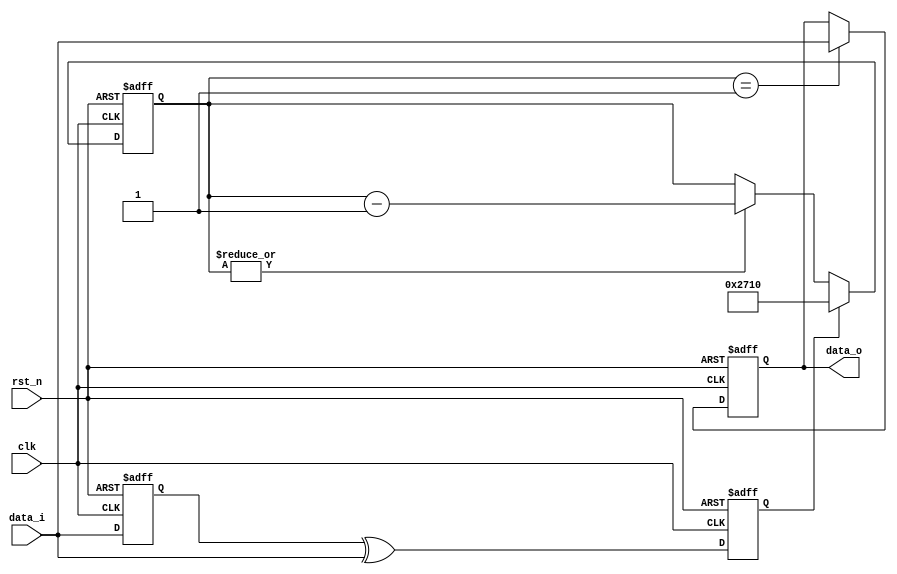
/******************************************************************************
*     Project:  Debounce
* Description:  Debounced input
* Date			Author		Notes
* Sep 6, 2006		DN		initial version
******************************************************************************/

module debounce #(
parameter INIT_VALUE       = 1'b0      ,
parameter DEBOUNCE_DELAY   = 16'd10000 
)(
input		  clk     ,	// clock input
input		  rst_n   , // reset active low
input		  data_i  ,	// data input
output reg		data_o   	// data output
);

//               debounce
//              +----------+
//              |          |
// data_i    -->|          |--> data_o
//              |          |
//   clk     -->|          |
//   rst_n   -->|          |
//              +----------+

reg		      datainR         ;
reg[39:0]	  debounceCounter ;
//reg		      data_o          ;
reg		      dataEdge        ;

always @(posedge clk or posedge rst_n)
if (rst_n)	datainR <= INIT_VALUE; else
            datainR <= data_i;

always @(posedge clk or posedge rst_n)
if (rst_n)	dataEdge <= 1'b0; else
            dataEdge <= datainR ^ data_i;

always @(posedge clk or posedge rst_n)
if (rst_n)			        debounceCounter <= DEBOUNCE_DELAY; else
if (dataEdge)			      debounceCounter <= DEBOUNCE_DELAY; else
if (|debounceCounter)	  debounceCounter <= debounceCounter - 1;

always @(posedge clk or posedge rst_n)
if (rst_n)			              data_o <= INIT_VALUE; else
if (debounceCounter == 16'd1)	data_o <= data_i;

endmodule // debounce